Medical and sanitary report of the native army of Bengal for the year
Year: 1874
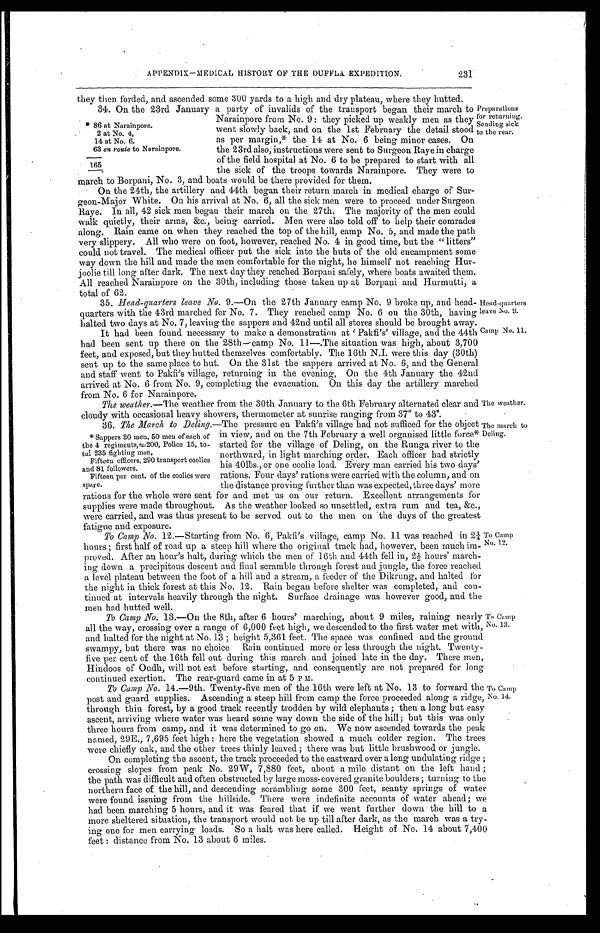
APPENDIX—MEDICAL HISTORY OF THE DUFFLA EXPEDITION.
231
they then forded, and ascended some 300 yards to a high and dry plateau, where they hutted.
34. On the 23rd January a party of invalids of the transport began their march to
Narainpore from No. 9 : they picked up weakly men as they
went slowly back, and on the 1st February the detail stood
as per margin,* the 14 at No. 6 being minor cases. On
the 23rd also, instructions were sent to Surgeon Raye in charge
of the field hospital at No. 6 to be prepared to start with all
the sick of the troops towards Narainpore. They were to
* 86 at Narainpore.
2 at No. 4,
14 at No. 6.
63 en route to Narainpore.
165
Preparations
for returning.
Sending sick
to the rear.
march to Borpani, No. 3, and boats would be there provided for them.
On the 24th, the artillery and 44th began their return march in medical charge of Sur-
geon-Major White. On his arrival at No. 6, all the sick men were to proceed under Surgeon
Raye. In all, 42 sick men began their march on the 27th. The majority of the men could
walk quietly, their arms, &c., being carried. Men were also told off to help their comrades
along. Rain came on when they reached the top of the hill, camp No. 5, and made the path
very slippery. All who were on foot, however, reached No. 4 in good time, but the "litters"
could not travel. The medical officer put the sick into the huts of the old encampment some
way down the hill and made the men comfortable for the night, he himself not reaching Hur-
j o o l i e t i l l l o n g a f t e r d a r k
. T h e n e x t d a y t h e y r e a c h e d B o r p a n i s a f e l y , w h e r e b o a t s a w a i t e d t h e m .
All reached Narainpore on the 30th, including those taken up at Borpani and Hurmutti, a
total of 62.
35. Head-quarters leave No. 9.—On the 27th January camp No. 9 broke up, and head-
quarters with the 43rd marched for No. 7. They reached camp No. 6 on the 30th, having
halted two days at No. 7, leaving the sappers and 42nd until all stores should be brought away.
It had been found necessary to make a demonstration at 'Pakfi's' village, and the 44th
had been sent up there on the 28th—camp No. 11—.The situation was high, about 3,700
feet, and exposed, but they hutted themselves comfortably. The 16th N.I. were this day (30th)
sent up to the same place to hut. On the 31st the sappers arrived at No. 6, and the General
and staff went to Pakfi's village, returning in the evening, On the 4th January the 42nd
arrived at No. 6 from No. 9, completing the evacuation. On this day the artillery marched
from No. 6 for Narainpore.
Head-quarters
leave No. 9.
Camp No. 11.
The weather.— The weather from the 30th January to the 6th February alternated clear and
cloudy with occasional heavy showers, thermometer at sunrise ranging from 37° to 43°.
36. The March to Deling.—The pressure on Pakfi's village had not sufficed for the obiect
in view, and on the 7th February a well organised little force*
started for the village of Deling, on the Runga river to the
northward, in light marching order. Each officer had strictly
his 40lbs., or one coolie load. Every man carried his two days'
rations. Four days' rations were carried with the column, and on
the distance proving further than was expected, three days' more
rations for the whole were sent for and met us on our return. Excellent arrangements for
supplies were made throughout. As the weather looked so unsettled, extra rum and tea, &c.,
were carried, and was thus present to be served out to the men on the days of the greatest
fatigue and exposure.
* Sappers 20 men, 50 men of each of
the 4 regiments,=200, Police 15, to-
tal 235 fighting men,
Fifteen officers, 290 transport coolies
and 81 followers,
Fifteen per cent. of the coolies were
spare.
The weather.
The march to
Deling.
To Camp No. 12.—Starting from No. 6, Pakfi's village, camp No. 11 was reached in 21/4
hours ; first half of road up a steep hill where the original track had, however, been much im-
proved. After an hour's halt, during which the men of 16th and 44th fell in, 21/2 hours' march-
ing down a precipitous descent and final scramble through forest and jungle, the force reached
a level plateau between the foot of a hill and a stream, a feeder of the Dikrung, and halted for
the night in thick forest at this No. 12. Rain began before shelter was completed, and con-
tinued at intervals heavily through the night. Surface drainage was however good, and the
men had butted well.
To Camp No. 13.—On the 8th, after 6 hours' marching, about 9 miles, raining nearly
all the way, crossing over a range of 6,000 feet high, we descended to the first water met with,
and halted for the night at No. 13 ; height 5,361 feet. The space was confined and the ground
swampy, but there was no choice Rain continued more or less through the night. Twenty-
five per cent of the 16th fell out during this march and joined late in the day. These men,
Hindoos of Oudh, will not eat before starting, and consequently are not prepared for long
continued exertion. The rear-guard came in at 5 P M.
To Camp
No. 12,
To Camp
No. 13.
To Camp No. 14.—9th. Twenty-five men of the 16th were left at No. 13 to forward the
post and guard supplies. Ascending a steep hill from camp the force proceeded along a ridge,
through thin forest, by a good track recently trodden by wild elephants ; then a long but easy
ascent, arriving where water was heard some way down the side of the hill; but this was only
three hours from camp, and it was determined to go on. We now ascended towards the peak
named, 29E., 7,695 feet high : here the vegetation showed a much colder region. The trees
were chiefly oak, and the other trees thinly leaved; there was but little brushwood or jungle.
On completing the ascent, the track proceeded to the eastward over a long undulating ridge ;
crossing slopes from peak No. 29W, 7,880 feet, about a mile distant on the left hand ;
the path was difficult and often obstructed by large moss-covered granite boulders ; turning to the
northern face of the hill, and descending scrambling some 300 feet, scanty springs of water
were found issuing from the hillside. There were indefinite accounts of water ahead; we
had been marching 5 hours, and it was feared that if we went further down the hill to a
more sheltered situation, the transport would not be up till after dark, as the march was a try-
ing one for men carrying loads. So a halt was here called. Height of No. 14 about 7,400
feet : distance from No. 13 about 6 miles.
To Camp
No. 14.